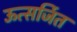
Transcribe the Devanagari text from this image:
ऊत्सर्जित